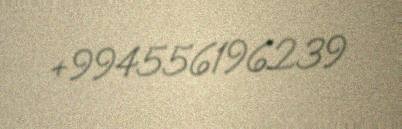
+994556196239